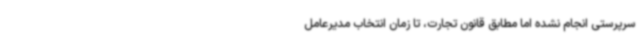
سرپرستی انجام نشده اما مطابق قانون تجارت، تا زمان انتخاب مدیرعامل